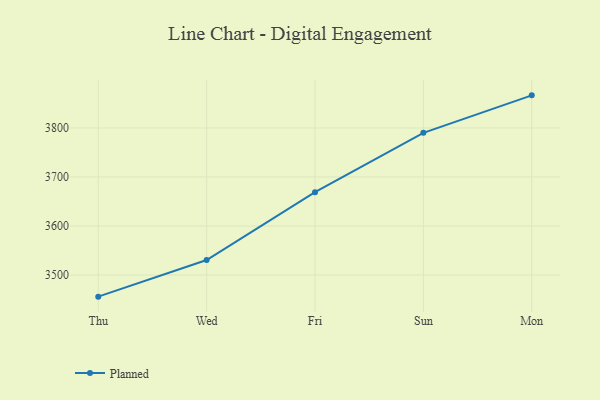
{"axis": {"x": "Day", "y": "Operating Costs (USD K)"}, "legend": ["Planned"], "data": [{"x": "Thu", "y": 3455.9, "type": "Planned"}, {"x": "Wed", "y": 3530.6, "type": "Planned"}, {"x": "Fri", "y": 3669.0, "type": "Planned"}, {"x": "Sun", "y": 3790.0, "type": "Planned"}, {"x": "Mon", "y": 3866.5, "type": "Planned"}]}